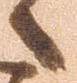
候